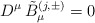
\begin{align*}D^{\mu} \, {\tilde B}_{\mu}^{(j,\pm )} = 0\end{align*}